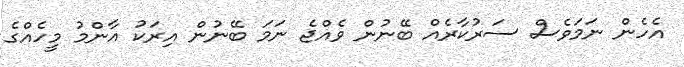
އެހެން ނަމަވެސް ސަރުކާރެއް ބޭނުން ވެއްޖެ ނަމަ ބޭނުން އިރަކު އާންމު މީހެއްގެ